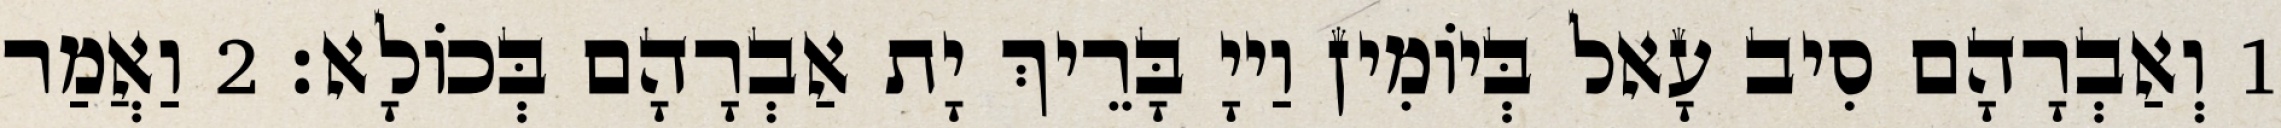
1 וְאַבְרָהָם סִיב עָאל בְּיוֹמִין וַייָ בָּרֵיךְ יָת אַבְרָהָם בְּכוֹלָא׃ 2 וַאֲמַר